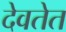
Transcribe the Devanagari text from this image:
देवतेत